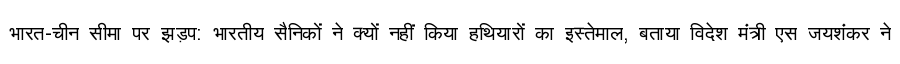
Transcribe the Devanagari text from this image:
भारत-चीन सीमा पर झड़प: भारतीय सैनिकों ने क्यों नहीं किया हथियारों का इस्तेमाल, बताया विदेश मंत्री एस जयशंकर ने